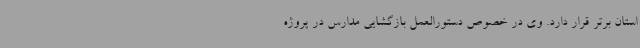
استان برتر قرار دارد. وی در خصوص دستورالعمل بازگشایی مدارس در پروژه